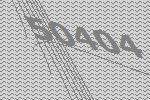
50404